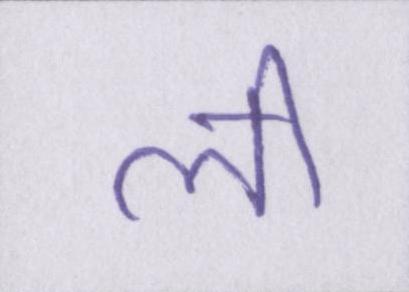
ली